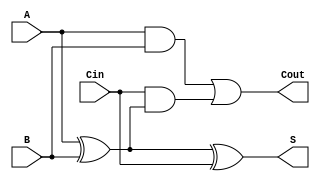
module full_adder (
    input wire A,
    input wire B,
    input wire Cin,
    output wire S,
    output wire Cout
);
    assign S = A ^ B ^ Cin;        // Sum calculation
    assign Cout = (A & B) | (Cin & (A ^ B)); // Carry out calculation
endmodule